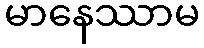
မာနေဿာမ